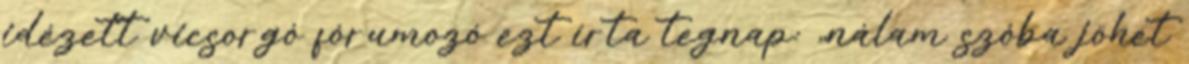
idézett vicsorgó fórumozó ezt írta tegnap: „nálam szóba jöhet